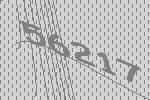
56217